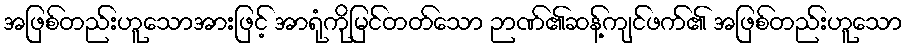
အဖြစ်တည်းဟူသောအားဖြင့် အာရုံကိုမြင်တတ်သော ဉာဏ်၏ဆန့်ကျင်ဖက်၏ အဖြစ်တည်းဟူသော